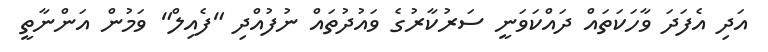
އަދި އެފަދަ ވާހަކަތައް ދައްކަވަނީ ސަރުކާރުގެ ވައުދުތައް ނުފުއްދި "ފެއިލް" ވަމުން އަންނާތީ